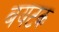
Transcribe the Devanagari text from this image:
बयटक